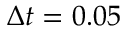
\Delta t = 0 . 0 5